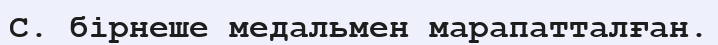
С. бірнеше медальмен марапатталған.